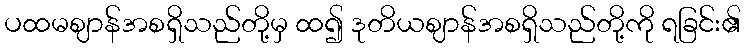
ပထမဈာန်အစရှိသည်တို့မှ ထ၍ ဒုတိယဈာန်အစရှိသည်တို့ကို ရခြင်း၏